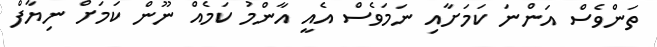
ތަންވެސް އަންނަ ކަމަށާއި ނަމަވެސް އެއީ އާންމު ކަމެއް ނޫން ކަމަށް ނިޔާފް